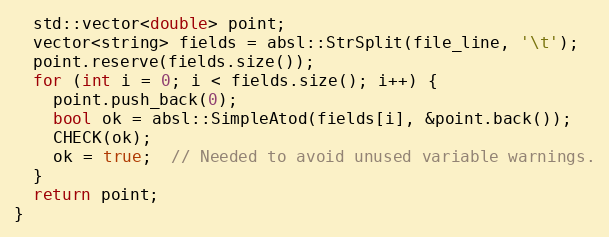
Language: C++
  std::vector<double> point;
  vector<string> fields = absl::StrSplit(file_line, '\t');
  point.reserve(fields.size());
  for (int i = 0; i < fields.size(); i++) {
    point.push_back(0);
    bool ok = absl::SimpleAtod(fields[i], &point.back());
    CHECK(ok);
    ok = true;  // Needed to avoid unused variable warnings.
  }
  return point;
}